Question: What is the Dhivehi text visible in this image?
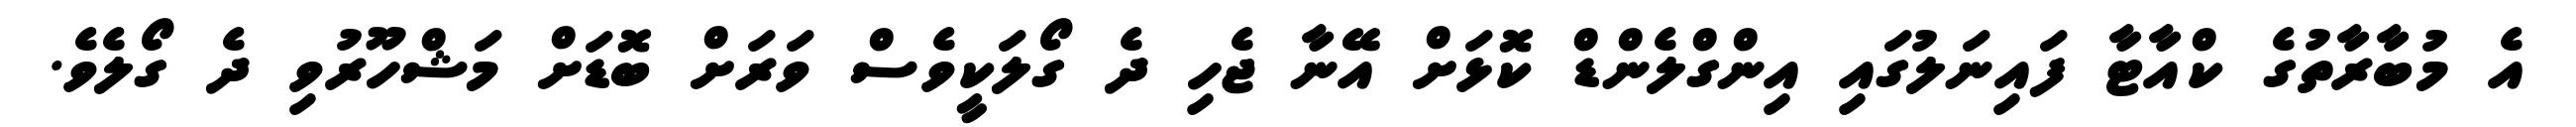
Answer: އެ މުބާރާތުގެ ކްއާޓާ ފައިނަލުގައި އިންގްލެންޑް ކޮޅަށް އޭނާ ޖެހި ދެ ގޯލަކީވެސް ވަރަށް ބޮޑަށް މަޝްހޫރުވި ދެ ގޯލެވެ.